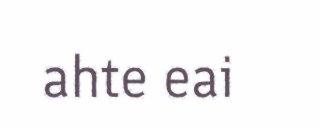
ahte eai